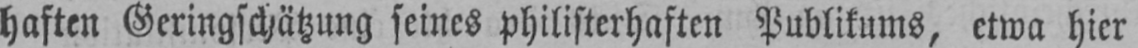
haften Geringschätzung seines philisterhaften Publikums, etwa hier